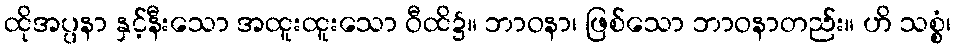
ထိုအပ္ပနာ နှင့်နီးသော အထူးထူးသော ဝီထိ၌။ ဘာဝနာ၊ ဖြစ်သော ဘာဝနာတည်း။ ဟိ သစ္စံ၊